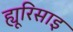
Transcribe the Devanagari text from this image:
ह्यूरिसाइ